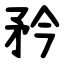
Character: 矜